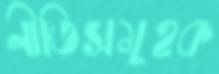
নীতিসমূহক